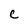
Character: c